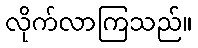
လိုက်လာကြသည်။